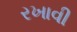
રખાવી